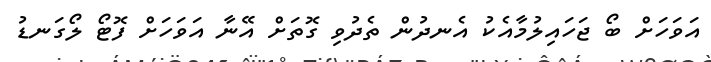
އަވަހަށް ބޯ ޖަހައިލުމާއެކު އެނދުން ތެދުވި ގޮތަށް އޭނާ އަވަހަށް ފޮޓޯ ލޯގަނޑު